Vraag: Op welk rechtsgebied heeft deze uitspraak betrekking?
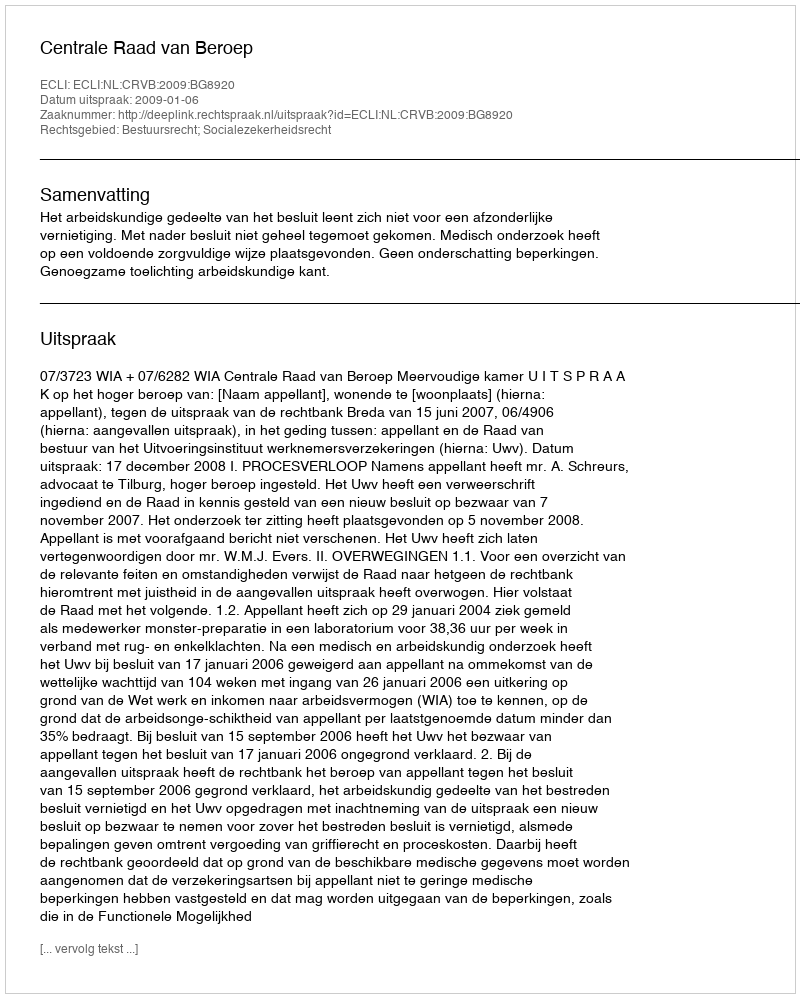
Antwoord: Bestuursrecht; Socialezekerheidsrecht